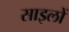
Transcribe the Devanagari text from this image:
साइलों